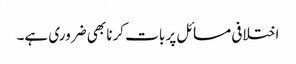
اختلافی مسائل پر بات کرنا بھی ضروری ہے۔